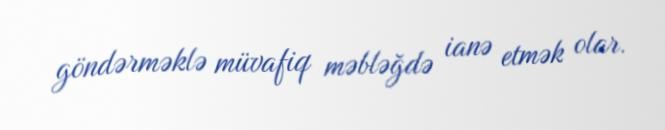
göndərməklə müvafiq məbləğdə ianə etmək olar.